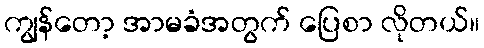
ကျွန်တော့ အာမခံအတွက် ပြေစာ လိုတယ်။